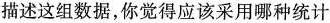
描述这组数据，你觉得应该采用哪种统计